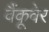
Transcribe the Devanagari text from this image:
वैंकूवेर